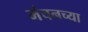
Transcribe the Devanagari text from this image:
मंचनच्या